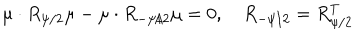
LaTeX: \mu \cdot R _ { \psi / 2 } \mu - \mu \cdot R _ { - \psi / 2 } \mu = 0 , \quad R _ { - \psi / 2 } = R _ { \psi / 2 } ^ { T }